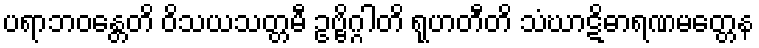
ပရာဘဝန္တေတိ ဝိသယသတ္တမီ ဥဗ္ဗိဂ္ဂါတိ ရုဟတီတိ သံဃာဋိဓာရဏမတ္တေန